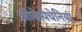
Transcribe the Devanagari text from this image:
ओबेस्पेचेनिया